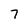
Character: 7